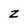
Character: z